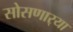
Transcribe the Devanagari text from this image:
सोसणार्‍या